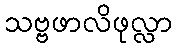
သဗ္ဗဖာလိဖုလ္လာ